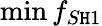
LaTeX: \operatorname*{min}{f_{S\mathtt{H}1}}